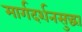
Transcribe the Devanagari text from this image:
मार्गदर्शनसुद्धा